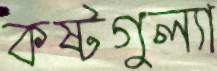
কষ্টগুল্যা